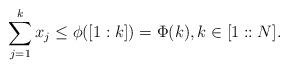
LaTeX: \begin{align*}\sum_{j=1}^k x_j \le \phi([1:k]) = \Phi(k), k \in [1::N].\end{align*}